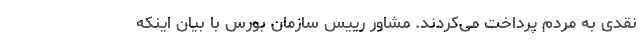
نقدی به مردم پرداخت می‌کردند. مشاور رییس سازمان بورس با بیان اینکه